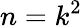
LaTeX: n=k^{2}